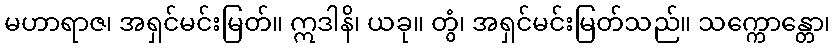
မဟာရာဇ၊ အရှင်မင်းမြတ်။ ဣဒါနိ၊ ယခု။ တွံ၊ အရှင်မင်းမြတ်သည်။ သက္ကောန္တော၊